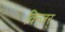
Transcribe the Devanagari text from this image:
विन्ज़र्